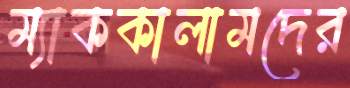
ম্যাককালামদের